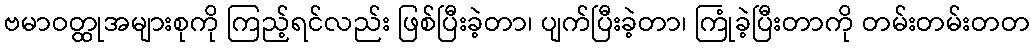
ဗမာဝတ္ထုအများစုကို ကြည့်ရင်လည်း ဖြစ်ပြီးခဲ့တာ၊ ပျက်ပြီးခဲ့တာ၊ ကြုံခဲ့ပြီးတာကို တမ်းတမ်းတတ